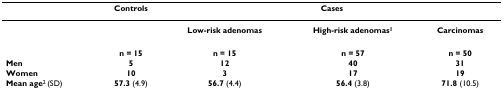
<table><thead><tr><td></td><td><b>Controls</b></td><td colspan="3"><b>Cases</b></td></tr></thead><tbody><tr><td></td><td></td><td><b>Low-risk adenomas</b></td><td><b>High-risk adenomas<sup>1</sup></b></td><td><b>Carcinomas</b></td></tr><tr><td></td><td><b>n = 15</b></td><td><b>n = 15</b></td><td><b>n = 57</b></td><td><b>n = 50</b></td></tr><tr><td><b>Men</b></td><td><b>5</b></td><td><b>12</b></td><td><b>40</b></td><td><b>31</b></td></tr><tr><td><b>Women</b></td><td><b>10</b></td><td><b>3</b></td><td><b>17</b></td><td><b>19</b></td></tr><tr><td><b>Mean age</b><sup>2 </sup>(SD)</td><td><b>57.3 </b>(4.9)</td><td><b>56.7 </b>(4.4)</td><td><b>56.4 </b>(3.8)</td><td><b>71.8 </b>(10.5)</td></tr></tbody></table>